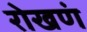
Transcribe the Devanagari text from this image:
रोखणं